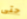
حتى